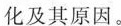
化及其原因。